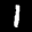
Label: 1